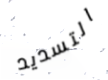
التسديد